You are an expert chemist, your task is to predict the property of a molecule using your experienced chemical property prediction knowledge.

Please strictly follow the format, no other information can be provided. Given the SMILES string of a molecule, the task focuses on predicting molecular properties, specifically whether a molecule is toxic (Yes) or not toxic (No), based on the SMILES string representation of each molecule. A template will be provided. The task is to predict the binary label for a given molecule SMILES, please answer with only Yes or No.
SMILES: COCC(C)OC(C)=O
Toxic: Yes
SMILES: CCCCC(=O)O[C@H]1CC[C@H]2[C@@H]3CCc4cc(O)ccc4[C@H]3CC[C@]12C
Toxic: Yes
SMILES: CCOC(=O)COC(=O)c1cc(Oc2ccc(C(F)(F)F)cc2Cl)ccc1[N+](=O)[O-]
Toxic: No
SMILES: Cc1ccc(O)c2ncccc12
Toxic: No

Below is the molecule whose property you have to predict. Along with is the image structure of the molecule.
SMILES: CCCC/C=C\CCCCCCCCCC=O
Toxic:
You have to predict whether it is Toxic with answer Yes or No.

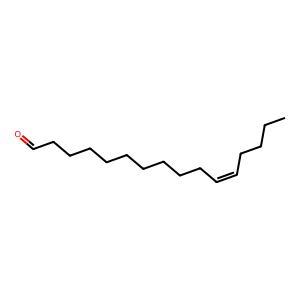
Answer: No